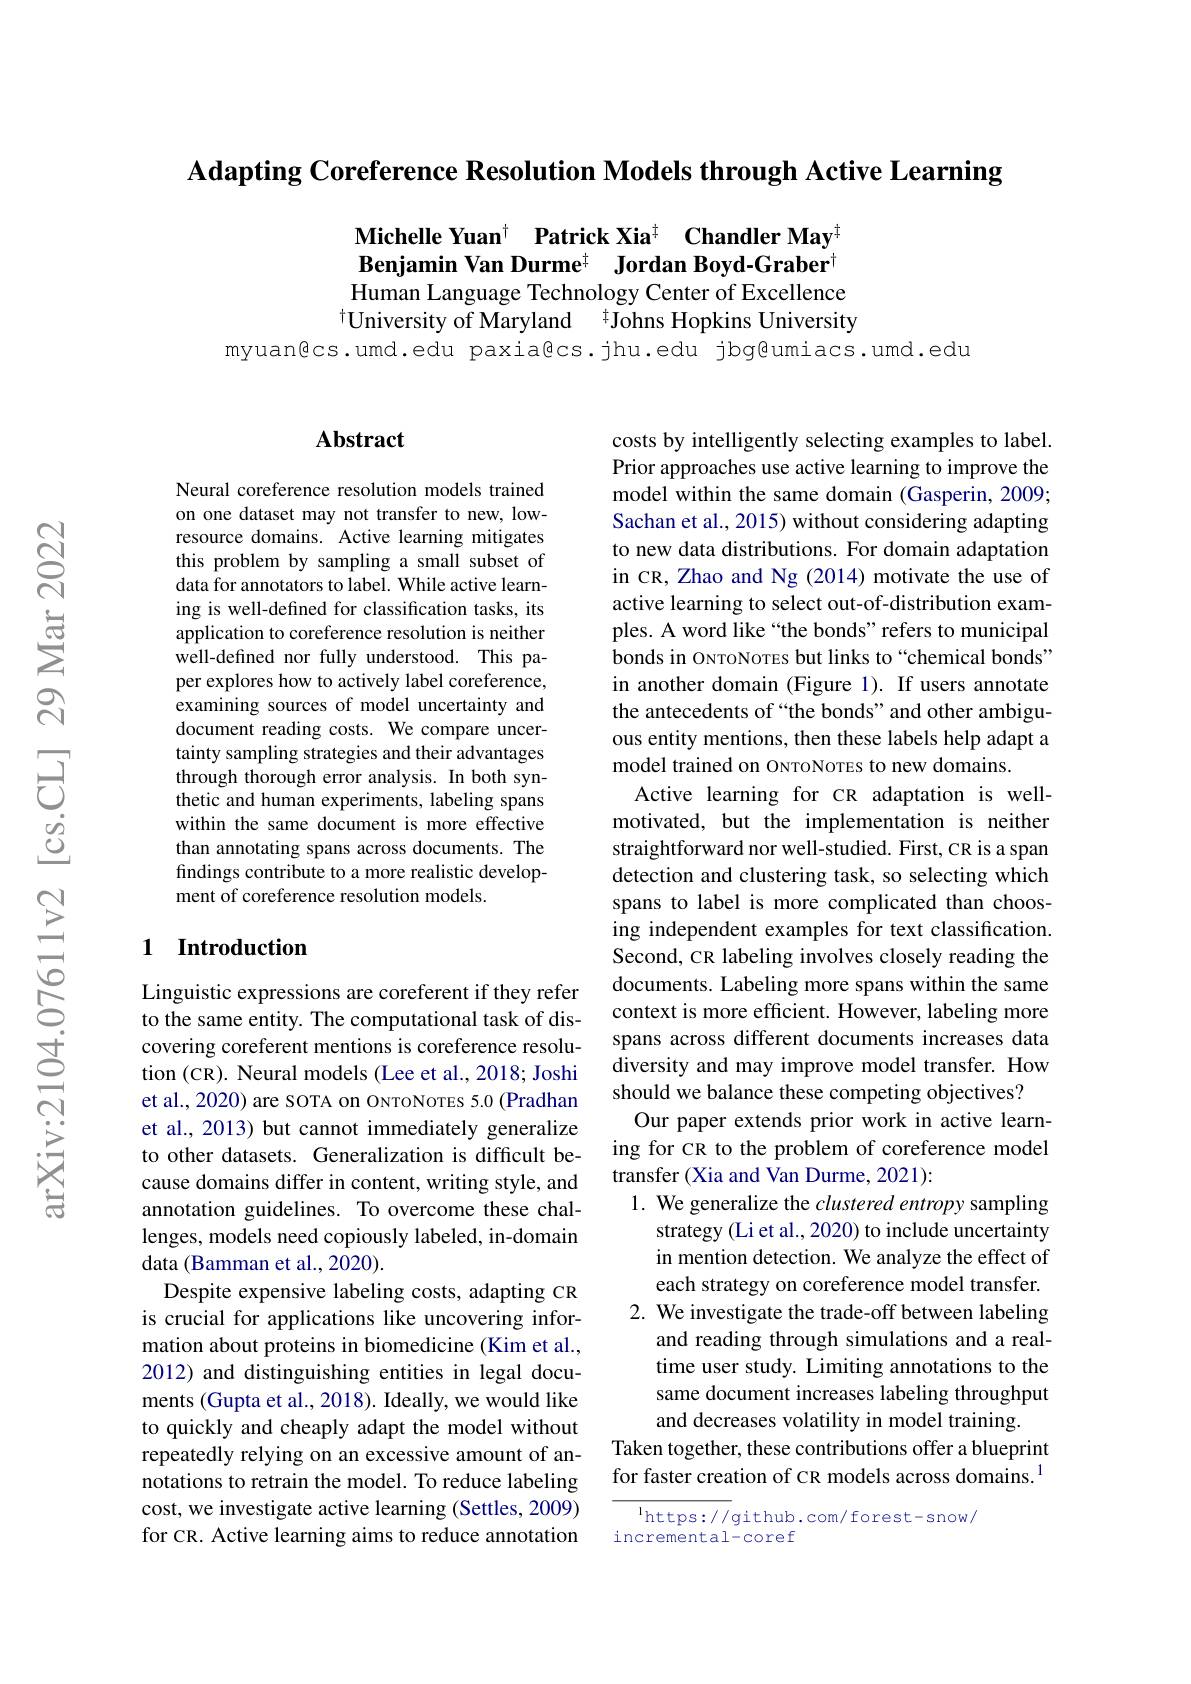
Adapting Coreference Resolution Models through Active Learning

Michelle Yuan$^+\textbf{Patrick Xia}^{\dagger}\textbf{Chandler May}^{\dagger}$ Benjamin Van Durme$^{\pm}$ Jordan Boyd-Graber Human Language Technology Center of Excellence $^{\dagger}$University of Maryland $^{\dagger}$Johns Hopkins University
myuan@cs.umd.edu paxia@cs.jhu.edu jbg@umiacs.umd.edu

## $\mathbf{Abstract}$

Neural coreference resolution models trained on one dataset may not transfer to new, lowresource domains. Active learning mitigates this problem by sampling a small subset of data for annotators to label. While active learning is well-defined for classification tasks, its application to coreference resolution is neither well-defined nor fully understood. This paper explores how to actively label coreference, examining sources of model uncertainty and document reading costs. We compare uncertainty sampling strategies and their advantages through thorough error analysis. In both synthetic and human experiments, labeling spans within the same document is more effective than annotating spans across documents. The findings contribute to a more realistic development of coreference resolution models.

### 1 Introduction

Linguistic expressions are coreferent if they refer to the same entity. The computational task of discovering coreferent mentions is coreference resolution (CR). Neural models (Lee et al., 2018; Joshi et al., 2020) are SOTA on ONTONOTEs 5.0 (Pradhan et al., 2013) but cannot immediately generalize to other datasets. Generalization is difficult because domains differ in content, writing style, and annotation guidelines. To overcome these challenges, models need copiously labeled, in-domain data (Bamman et al., 2020).
Despite expensive labeling costs, adapting CR is crucial for applications like uncovering information about proteins in biomedicine (Kim et al., 2012) and distinguishing entities in legal documents (Gupta et al., 2018). Ideally, we would like to quickly and cheaply adapt the model without repeatedly relying on an excessive amount of annotations to retrain the model. To reduce labeling cost, we investigate active learning (Settles, 2009) for CR. Active learning aims to reduce annotation

costs by intelligently selecting examples to label. Prior approaches use active learning to improve the model within the same domain (Gasperin, 2009; Sachan et al., 2015) without considering adapting to new data distributions. For domain adaptation in CR, Zhao and Ng (2014) motivate the use of active learning to select out-of-distribution examples. A word like “the bonds” refers to municipal bonds in ONToNoTEs but links to“chemical bonds” in another domain (Figure 1). If users annotate the antecedents of“the bonds”and other ambiguous entity mentions, then these labels help adapt a model trained on ONToNoTEs to new domains.
Active learning for CR adaptation is wellmotivated, but the implementation is neither straightforward nor well-studied. First, CR is a span detection and clustering task, so selecting which spans to label is more complicated than choosing independent examples for text classification. Second, CR labeling involves closely reading the documents. Labeling more spans within the same context is more efficient. However, labeling more spans across different documents increases data diversity and may improve model transfer. How should we balance these competing objectives?
Our paper extends prior work in active learning for cR to the problem of coreference model transfer (Xia and Van Durme, 2021):
1. We generalize the clustered entropy sampling
strategy (Li et al., 2020) to include uncertainty in mention detection. We analyze the effect of each strategy on coreference model transfer.
2. We investigate the trade-off between labeling
and reading through simulations and a realtime user study. Limiting annotations to the same document increases labeling throughput and decreases volatility in model training.
Taken together, these contributions offer a blueprint for faster creation of CR models across domains.$^{1}$
$^{\mathrm{l}}$https://github.com/forest-snow/

incremental-coref